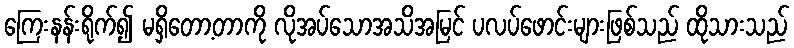
ကြေးနန်းရိုက်၍ မရှိတော့တာကို လိုအပ်သောအသိအမြင် ပလပ်ဖောင်းများဖြစ်သည် ထိုသားသည်